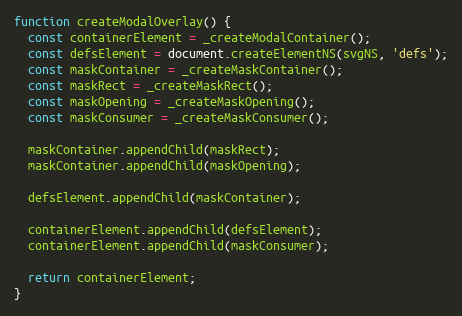
Language: JavaScript
function createModalOverlay() {
  const containerElement = _createModalContainer();
  const defsElement = document.createElementNS(svgNS, 'defs');
  const maskContainer = _createMaskContainer();
  const maskRect = _createMaskRect();
  const maskOpening = _createMaskOpening();
  const maskConsumer = _createMaskConsumer();

  maskContainer.appendChild(maskRect);
  maskContainer.appendChild(maskOpening);

  defsElement.appendChild(maskContainer);

  containerElement.appendChild(defsElement);
  containerElement.appendChild(maskConsumer);

  return containerElement;
}